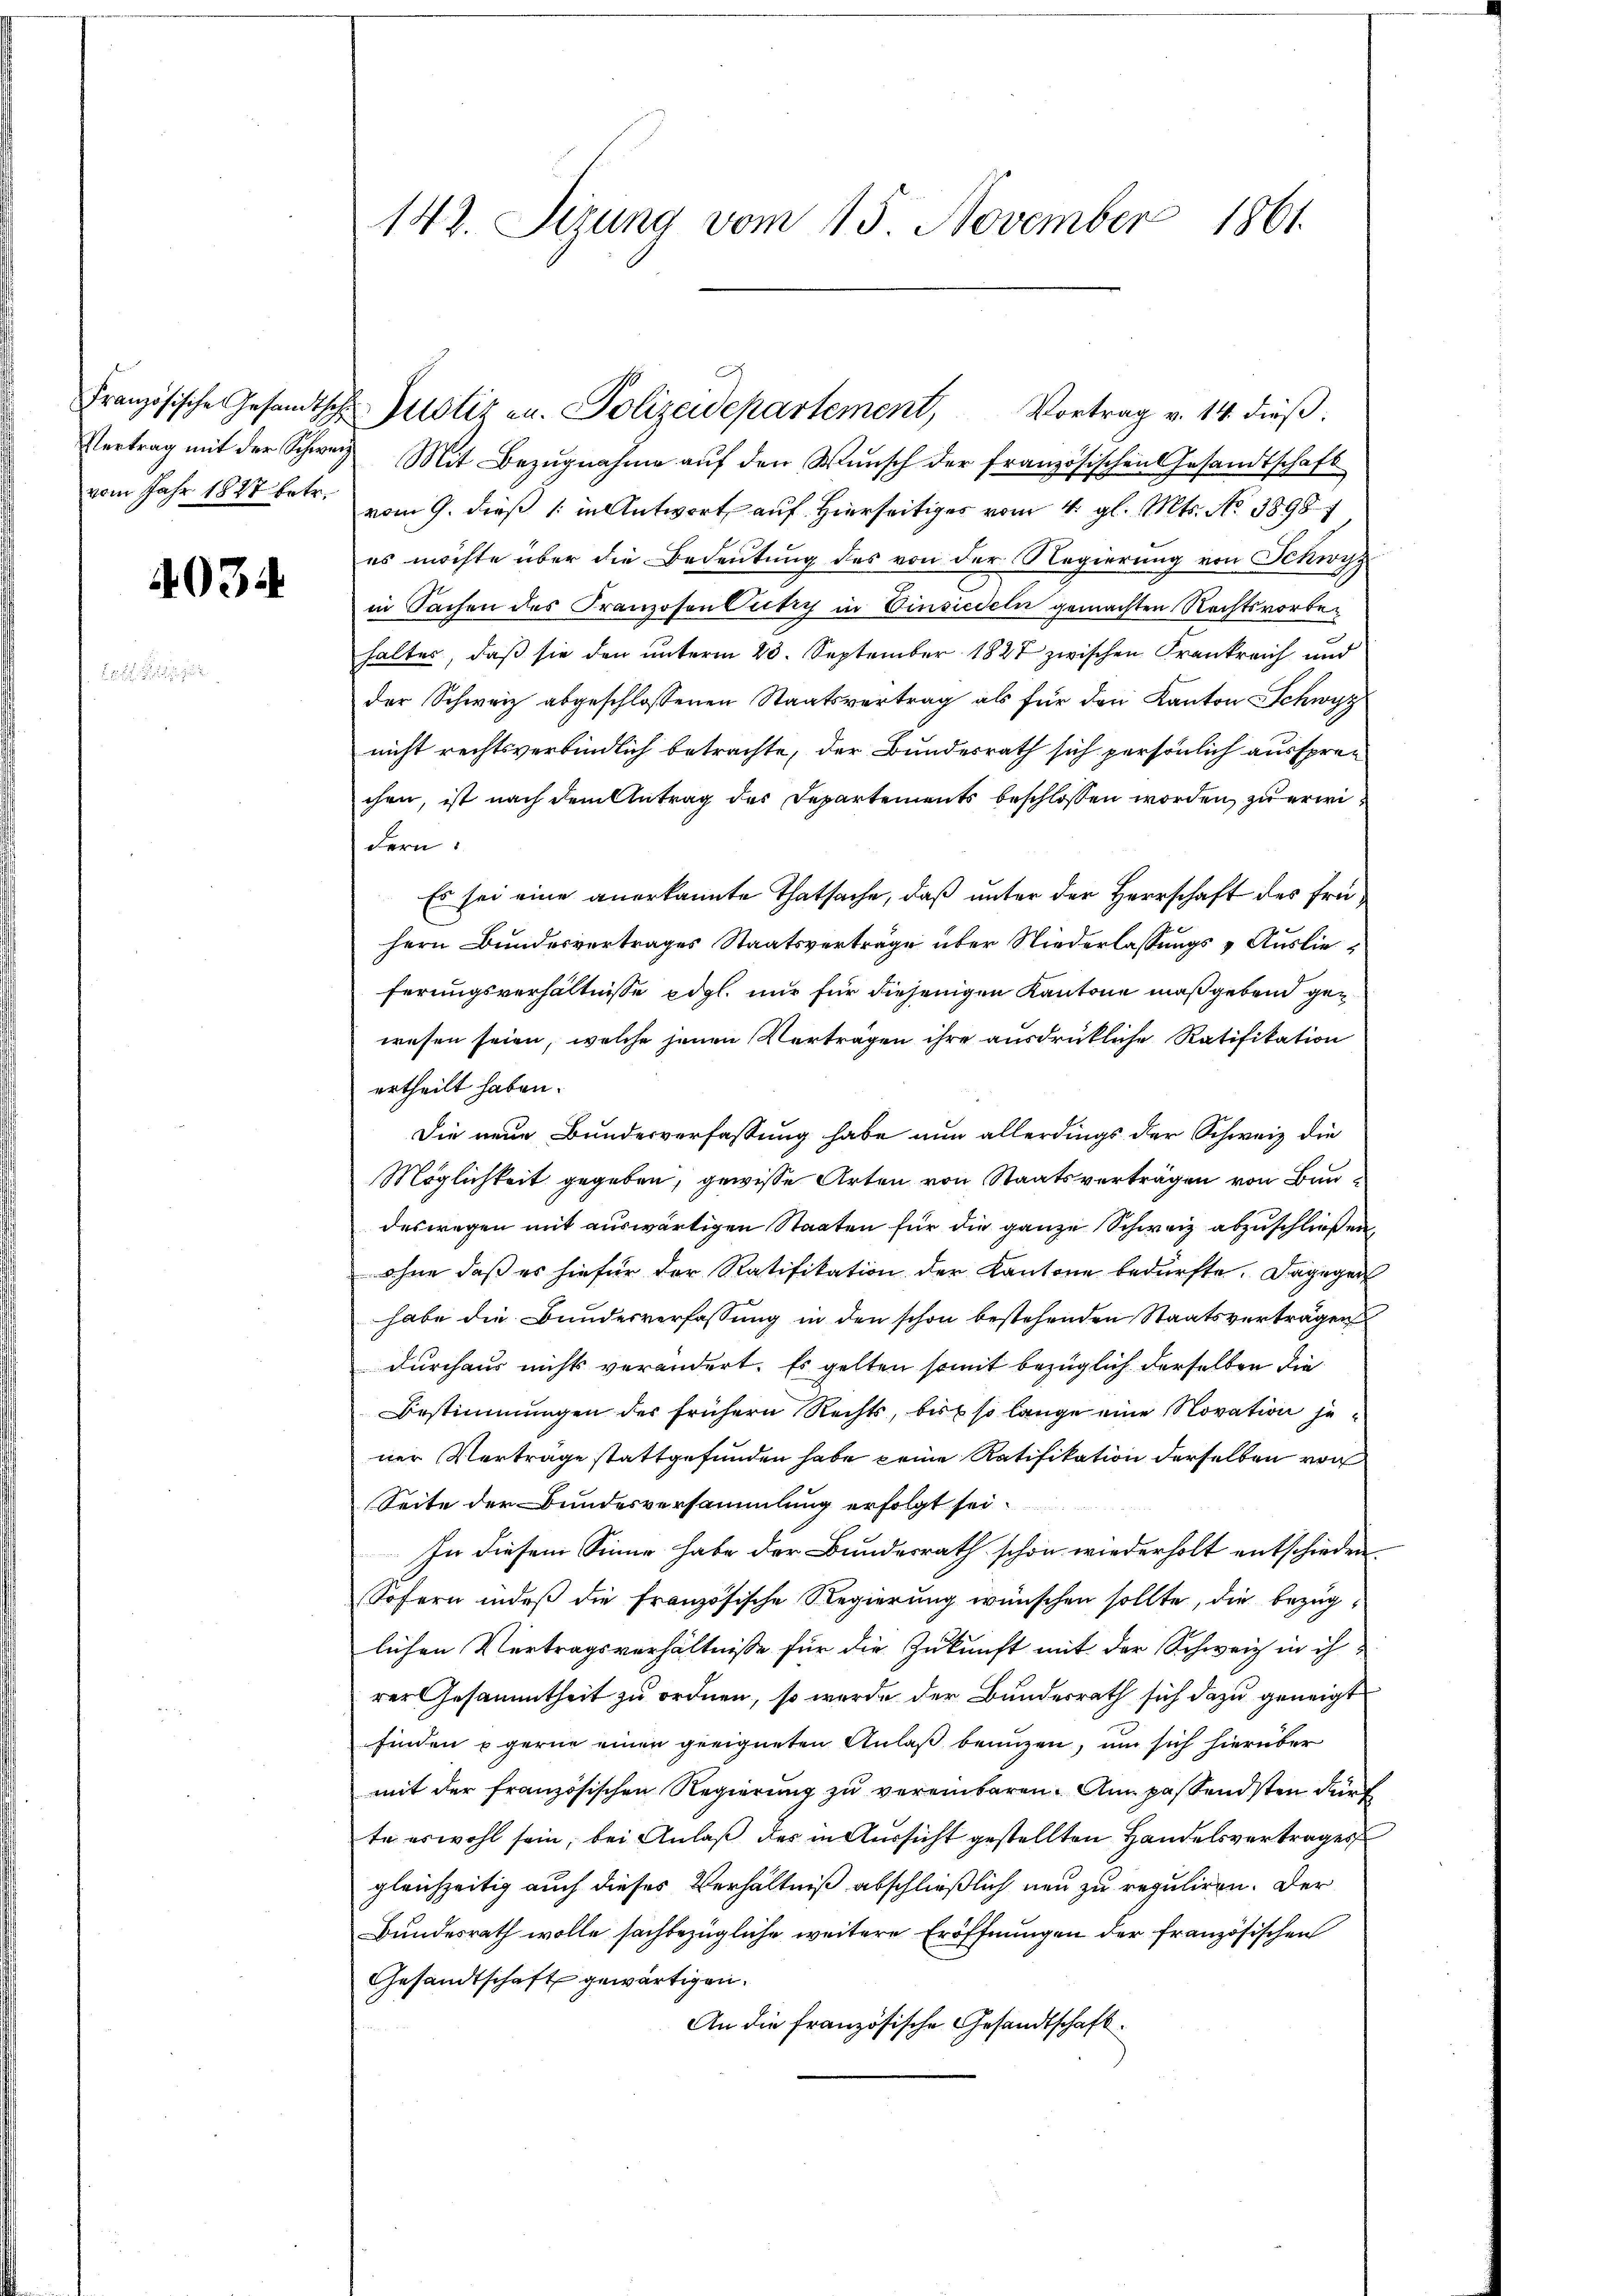
4034

142. Sizung vom 15. November 1861

Vertrag mit der Schweiz. Mit Bezugnahme auf den Wunsch der französischen Gesandtschaft
vom Jahr 1848 betr. vom 9. dieß (: in Antwort auf Hierseitiges vom 4. gl. Mts. No. 1898 1
es möchte über die Bedeutung des von der Regierung von Schwy
in Sachen des Franzosen Petry in Einsiedeln gemachten Rechtsvorbehaltes, daß sie den unterm 23. September 1827 zwischen Frankreich und
der Schweiz abgeschlossenen Staatsvertrag als für den Kanton Schwyz
nicht rechtsverbindlich betrachte, der Bundesrath sich persönlich aussprechen, ist nach dem Antrag des Departements beschlossen worden zu erwidern:
Es sei eine anerkannte Thatsache, daß unter der Herrschaft des frühern Bundesvertrages Staatsverträge über Niederlassungs - Auslie
ferungsverhältnisse edgl. nur für diejenigen Kantone maßgebend gen
wesen seien, welche jenen Verträgen ihre ausdrückliche Ratifikation
ertheilt haben.
Die neue Bundesverfassung habe nun allerdings der Schweiz die
Möglichkeit gegeben, gewisse Arten von Staatsverträgen von Bundeswegen mit auswärtigen Staaten für die ganze Schweiz abzuschließen,
ohne daß es hiefür der Ratifikation der Kantone bedürfte. Dagegen
habe die Bundesverfassung in den schon bestehenden Staatsverträgen
durchaus nichts verändert. Es gelten somit bezüglich derselben die
Bestimmungen des frühern Rechts, bis so lange eine Novation jener Verträge stattgefunden habe keine Ratifikation derselben von
Seite der Bundesversammlung erfolgt sei.
In diesem Sinne habe der Bundesrath schon wiederholt entschieden
Sofern indeß die Französische Regierung wünschen sollte, die bezuglichen Vertragsverhältnisse für die Zukunft mit der Schweiz in ihrer Gesammtheit zu ordnen, so werde der Bundesrath sich dazu geneigt
finden gerne einen geeigneten Anlaß benuzen, um sich hierüber
mit der französischen Regierung zu vereinbaren. Am passendsten dürf
te es wohl sein, bei Anlaß der in Aussicht gestellten Handelsvertrages
gleichzeitig auch dieses Verhältniß abschließlich neu zu reguliren. Der
Bundesrath wolle sachbezügliche weitere Eröffnungen der französischen
Gesandtschaft gewärtigen.
An die französische Gesandtschaft.

Französische Gesandtsche Justiz an. Polizeidepartement, Vortrag v. 14. dieβ.